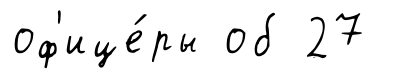
оф'ице́ры об 27